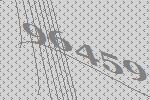
96459